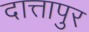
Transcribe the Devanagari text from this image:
दात्तापुर